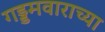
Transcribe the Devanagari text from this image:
गड्डमवाराच्या